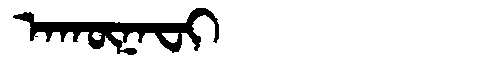
Manchu: ᠠᡴᡡᠨᠠᠸᡳ
Romanization: AKŪNAFI